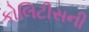
કોલિટીસની